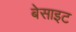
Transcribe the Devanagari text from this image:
बेसाइट